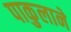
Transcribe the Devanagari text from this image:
पाकुलाने